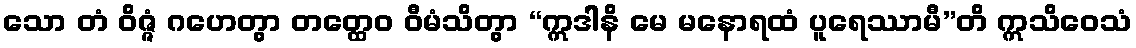
သော တံ ဝိဇ္ဇံ ဂဟေတွာ တတ္ထေဝ ဝီမံသိတွာ “ဣဒါနိ မေ မနောရထံ ပူရေဿာမီ”တိ ဣသိဝေသံ